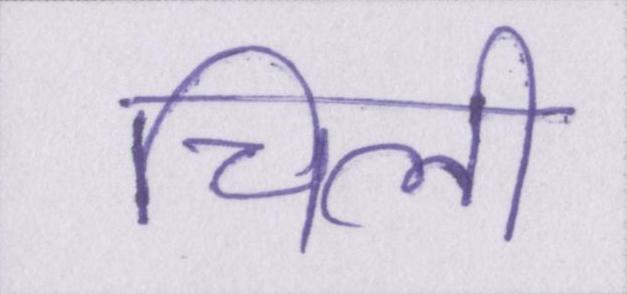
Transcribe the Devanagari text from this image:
चिली